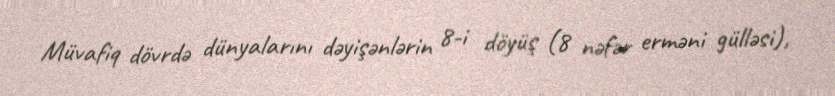
Müvafiq dövrdə dünyalarını dəyişənlərin 8-i döyüş (8 nəfər erməni gülləsi),